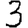
Digit: 3